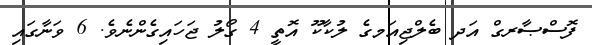
ފޮސްޞާރގް އަދ ބެލްޖިއަމގެ ލުކާކޫ އޮތީ 4 ގޯލު ޖަހައިގެންނެވެ. 6 ވަނާގައި